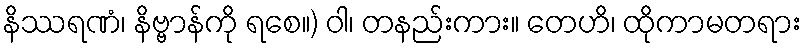
နိဿရဏံ၊ နိဗ္ဗာန်ကို ရစေ။) ဝါ၊ တနည်းကား။ တေဟိ၊ ထိုကာမတရား